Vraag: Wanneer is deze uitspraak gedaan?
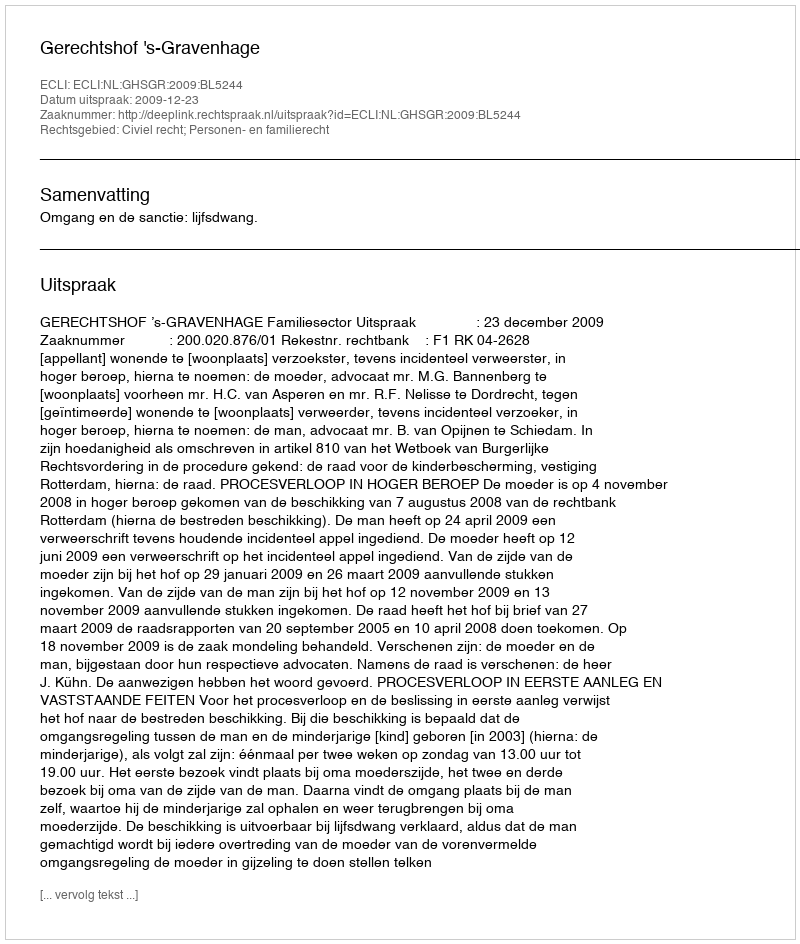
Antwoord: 2009-12-23